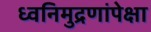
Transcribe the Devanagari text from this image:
ध्वनिमुद्रणांपेक्षा